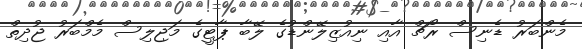
މެންބަރު ޑެނިސް ރޯޗް އާއި ނިއުޒިލޭންޑުގެ ލޭބާ ޕާޓީގެ މަޖިލިސް މެމްބަރު ޖުދިތް